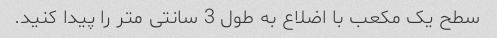
سطح یک مکعب با اضلاع به طول 3 سانتی متر را پیدا کنید.